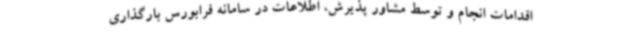
اقدامات انجام و توسط مشاور پذیرش، اطلاعات در سامانه فرابورس بارگذاری